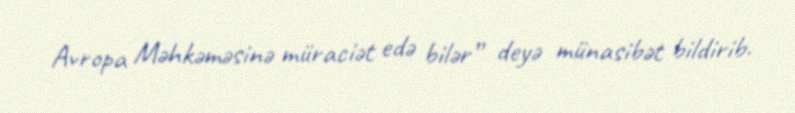
Avropa Məhkəməsinə müraciət edə bilər” deyə münasibət bildirib.